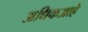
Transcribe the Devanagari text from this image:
अधिकआहे